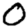
Digit: 0